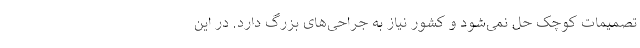
تصمیمات کوچک حل نمی‌شود و کشور نیاز به جراحی‌های بزرگ دارد. در این